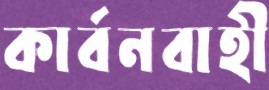
কার্বনবাহী